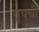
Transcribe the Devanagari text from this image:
ग्रूपची